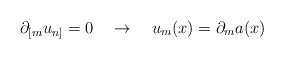
\begin{align*}\partial_{[m}u_{n]}=0~~~\rightarrow~~~u_m(x)=\partial_ma(x)\end{align*}